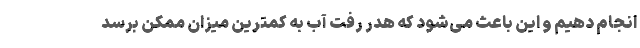
انجام دهیم و این باعث می‌شود که هدر رفت آب به کمترین میزان ممکن برسد